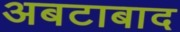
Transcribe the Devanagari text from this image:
अबटाबाद